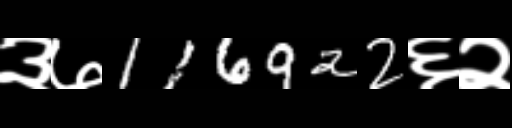
Text: ३७116922६२